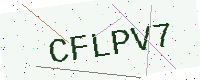
Text: CFLPV7